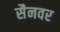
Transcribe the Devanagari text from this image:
सैनवर